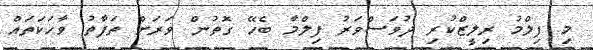
މި ފިލްމު ރިލީޒްކުރި ދުވަސްވަރު ފިލްމާ ބެހޭ ގޮތުން ވަރަށް ތަފާތު ވާހަކަތައް